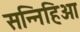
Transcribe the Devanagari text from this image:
सन्निहिओ